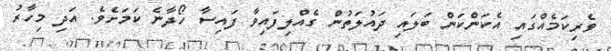
ވެރިކަމެއްގައި އެކަންކަން ބަލައި ދައުލަތުން ގެއްލިފައިވާ ފައިސާ ހޯދާނެ ކަމަށެވެ. އަދި މިހާރު